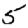
Digit: 5